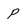
Character: P